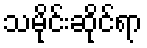
သမိုင်းဆိုင်ရာ